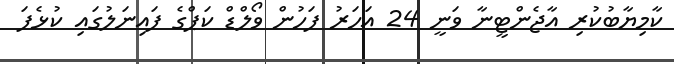
ކާމިޔާބުކުރި އާޖެންޓީނާ ވަނީ 24 އަހަރު ފަހުން ވޯލްޑް ކަޕްގެ ފައިނަލުގައި ކުޅެފަ